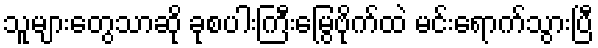
သူများတွေသာဆို ခုစပါးကြီးမြွေဗိုက်ထဲ မင်းရောက်သွားပြီ